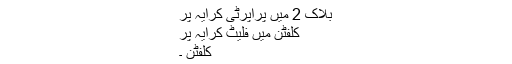
بلاک 2 میں پراپرٹی کرایہ پر
کلفٹن میں فلیٹ کرایہ پر
کلفٹن ۔